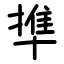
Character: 㔼